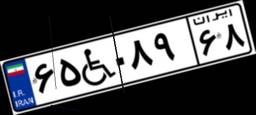
۷۳W۹۵۹۷۴